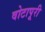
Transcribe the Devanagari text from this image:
वोटापूरी